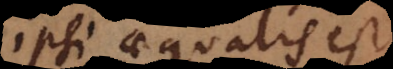
ipsi aequalis est